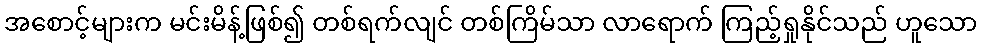
အစောင့်များက မင်းမိန့်ဖြစ်၍ တစ်ရက်လျင် တစ်ကြိမ်သာ လာရောက် ကြည့်ရှုနိုင်သည် ဟူသော